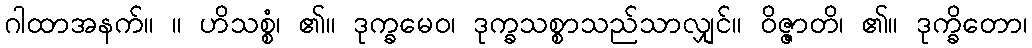
ဂါထာအနက်။ ။ ဟိသစ္စံ၊ ၏။ ဒုက္ခမေဝ၊ ဒုက္ခသစ္စာသည်သာလျှင်။ ဝိဇ္ဇာတိ၊ ၏။ ဒုက္ခိတော၊